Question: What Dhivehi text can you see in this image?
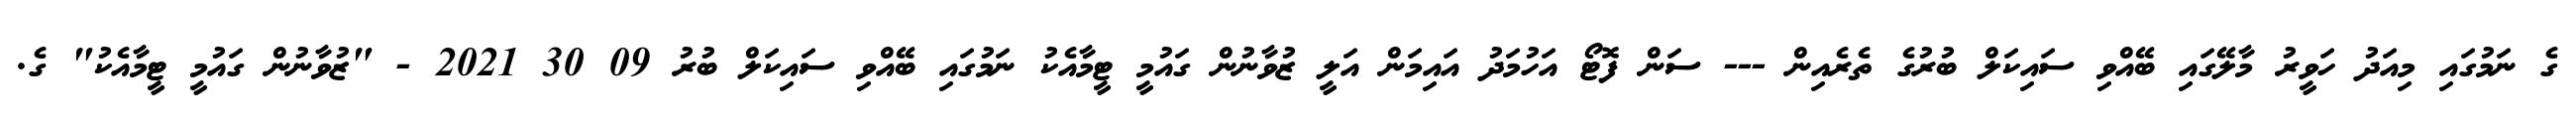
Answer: ގެ ނަމުގައި މިއަދު ހަވީރު މާލޭގައި ބޭއްވި ސައިކަލް ބުރުގެ ތެރެއިން --- ސަން ފޮޓޯ އަހުމަދު އައިމަން އަލީ ޒުވާނުން ގައުމީ ޓީމާއެކު ނަމުގައި ބޭއްވި ސައިކަލް ބުރު 09 30 2021 - "ޒުވާނުން ގައުމީ ޓީމާއެކު" ގެ.